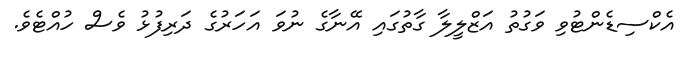
އެކްސިޑެންޓުވި ވަގުތު އަޒްލީލާ ގާތުގައި އޭނާގެ ނުވަ އަހަރުގެ ދަރިފުޅު ވެސް ހުއްޓެވެ.